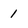
Character: 1